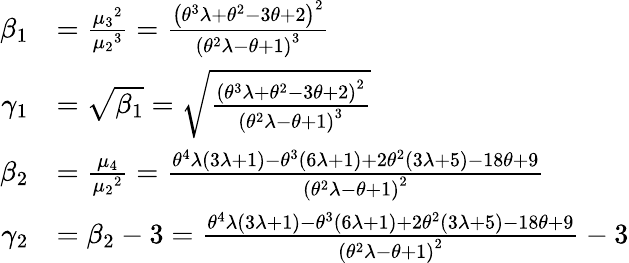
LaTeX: \begin{array}{rl}{\beta_{1}}&{=\frac{{\mu_{3}}^{2}}{{\mu_{2}}^{3}}=\frac{\left(\theta^{3}\lambda+\theta^{2}-3\theta+2\right)^{2}}{\left(\theta^{2}\lambda-\theta+1\right)^{3}}}\\ {\gamma_{1}}&{=\sqrt{\beta_{1}}=\sqrt{\frac{\left(\theta^{3}\lambda+\theta^{2}-3\theta+2\right)^{2}}{\left(\theta^{2}\lambda-\theta+1\right)^{3}}}}\\ {\beta_{2}}&{=\frac{\mu_{4}}{{\mu_{2}}^{2}}=\frac{\theta^{4}\lambda(3\lambda+1)-\theta^{3}(6\lambda+1)+2\theta^{2}(3\lambda+5)-18\theta+9}{\left(\theta^{2}\lambda-\theta+1\right)^{2}}}\\ {\gamma_{2}}&{=\beta_{2}-3=\frac{\theta^{4}\lambda(3\lambda+1)-\theta^{3}(6\lambda+1)+2\theta^{2}(3\lambda+5)-18\theta+9}{\left(\theta^{2}\lambda-\theta+1\right)^{2}}-3}\end{array}